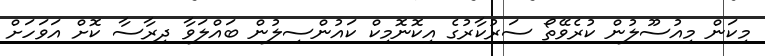
މިކަން މިއުސޫލުން ކުރެވޭތޯ ސަރުކާރުގެ އިކޮނޮމިކް ކައުންސިލުން ބައްލަވާ ދިރާސާ ކޮށް އަވަހަށް